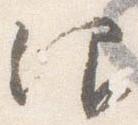
仰